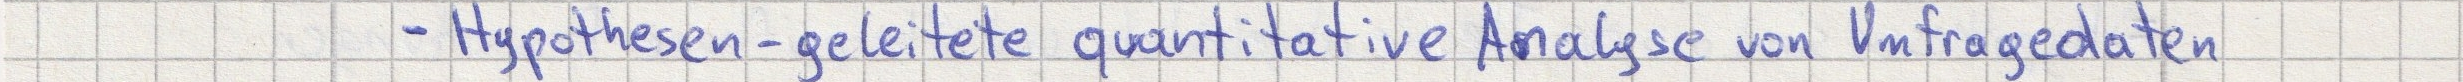
- Hypothesen-geleitete quantitative Analyse von Umfragedaten